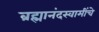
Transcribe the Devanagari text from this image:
ब्रह्मानंदस्वामींचे